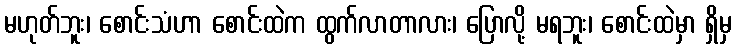
မဟုတ်ဘူး၊ စောင်းသံဟာ စောင်းထဲက ထွက်လာတာလား၊ ပြောလို့ မရဘူး၊ စောင်းထဲမှာ ရှိမှ